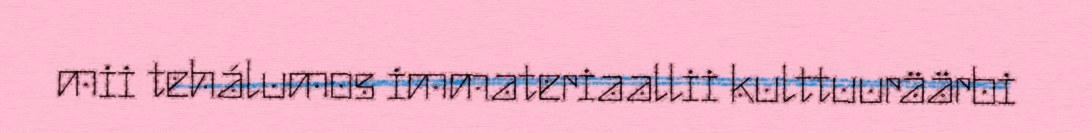
mii tehálumos immateriaallii kulttuuräärbi